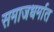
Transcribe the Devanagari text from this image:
समाजधर्मात